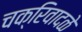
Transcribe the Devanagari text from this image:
चक्रिवादळे